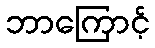
ဘာကြောင့်